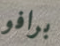
برافو